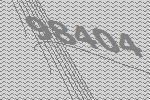
98404